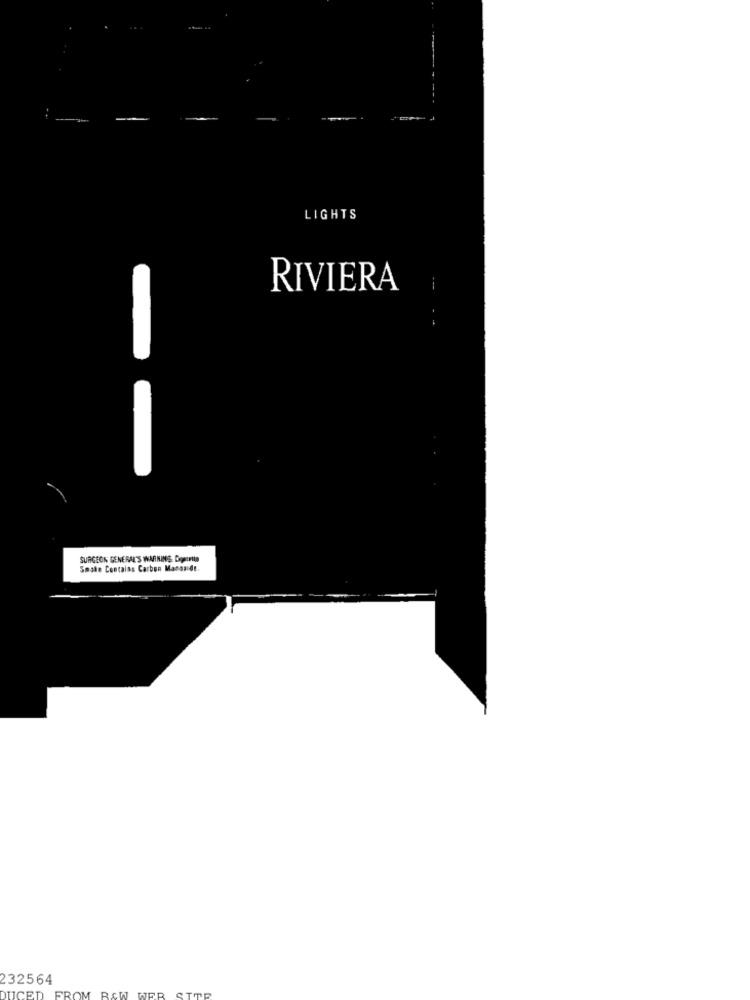
LIGHTS
RIVIERA
SURGEON GENERAL'S WARNING Doserte
Smate Contaiss Carbon Manos de.
232564
RCW
FR
DUCED
FROM